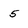
Character: 5